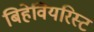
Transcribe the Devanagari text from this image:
बिहेवियरिस्ट